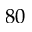
8 0